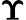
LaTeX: \boldsymbol{\Upsilon}